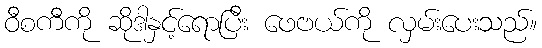
ဝီစကီကို ဆိုဒါနှင့်ရောပြီး ဖေဗယ်ကို လှမ်းပေးသည်။